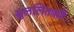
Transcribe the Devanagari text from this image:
सुललितकरैः